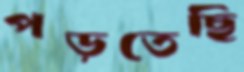
পড়তেছি